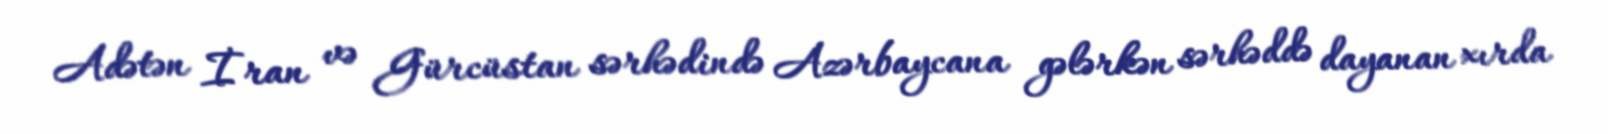
Adətən İran və Gürcüstan sərhədində Azərbaycana gələrkən sərhəddə dayanan xırda